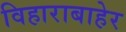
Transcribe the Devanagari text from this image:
विहाराबाहेर